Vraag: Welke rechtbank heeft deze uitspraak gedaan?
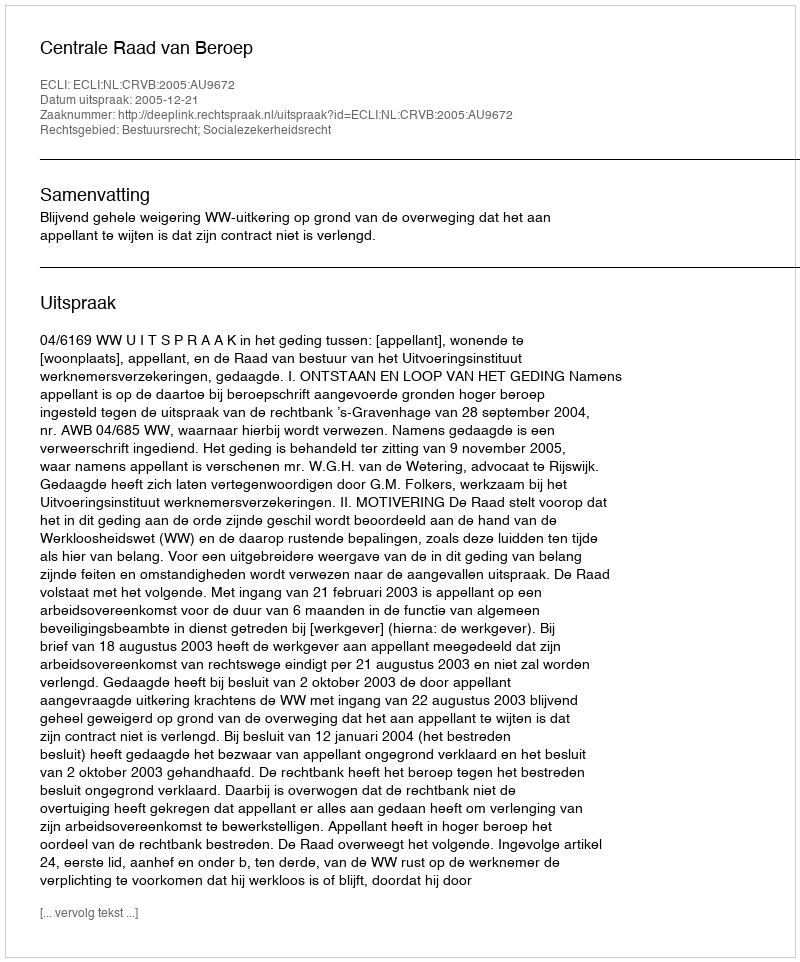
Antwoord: Centrale Raad van Beroep